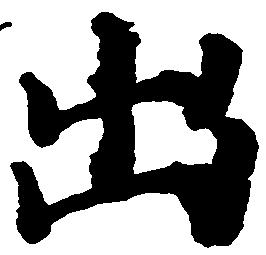
出